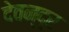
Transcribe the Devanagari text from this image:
देवन्द्र